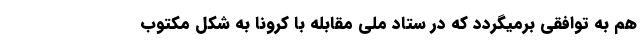
هم به توافقی برمیگردد که در ستاد ملی مقابله با کرونا به شکل مکتوب